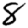
Digit: 8